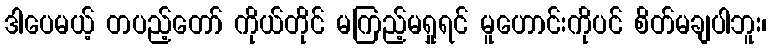
ဒါပေမယ့် တပည့်တော် ကိုယ်တိုင် မကြည့်မရှုရင် မူဟောင်းကိုပင် စိတ်မချပါဘူး၊